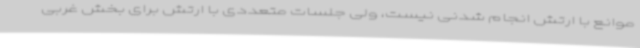
موانع با ارتش انجام شدنی نیست، ولی جلسات متعددی با ارتش برای بخش غربی